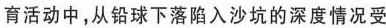
育活动中，从铅球下落陷入沙坑的深度情况受